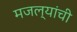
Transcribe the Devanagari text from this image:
मजल्यांची